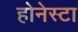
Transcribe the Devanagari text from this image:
होनेस्टा